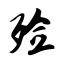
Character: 殓